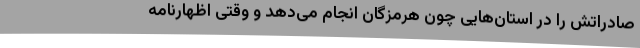
صادراتش را در استان‌هایی چون هرمزگان انجام می‌دهد و وقتی اظهارنامه